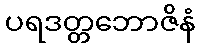
ပရဒတ္တဘောဇိနံ